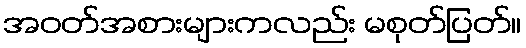
အဝတ်အစားများကလည်း မစုတ်ပြတ်။